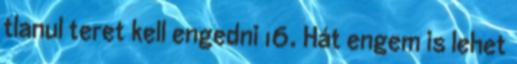
tlanul teret kell engedni 16. Hát engem is lehet